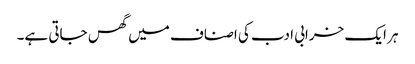
ہر ایک خرابی ادب کی اصناف میں گھس جاتی ہے۔